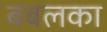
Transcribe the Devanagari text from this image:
बबलका